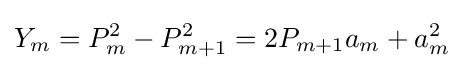
Y_{m}=P_{m}^{2}-P_{m+1}^{2}=2P_{m+1}a_{m}+a_{m}^{2}